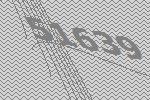
51639